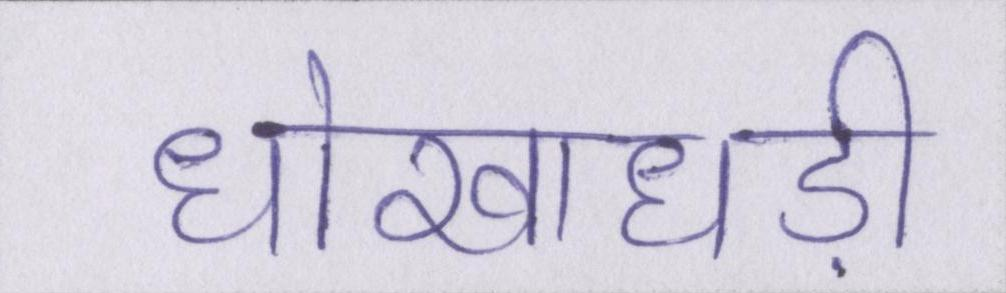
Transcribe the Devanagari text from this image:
धोखाधड़ी